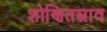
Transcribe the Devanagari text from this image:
शोणितस्त्राव